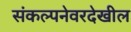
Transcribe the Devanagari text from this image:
संकल्पनेवरदेखील